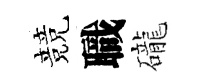
競職礲